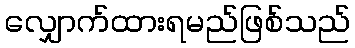
လျှောက်ထားရမည်ဖြစ်သည်